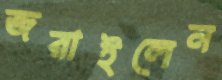
জরাইলেন